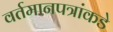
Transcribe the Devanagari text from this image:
वर्तमानपत्रांकडे